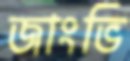
জাংভি